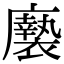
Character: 𢌀